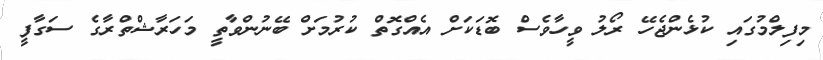
މިފިލްމުގައި ކުޅެންޖެހޭ ރޯލު ވީހާވެސް ބޮޑަކަށް އެއްގޮތް ކުރުމަށް ބޭނުންވާތީ މަހަރާޝްތްރާގެ ސަގާފީ